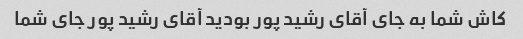
کاش شما به جای آقای رشید پور بودید آقای رشید پور جای شما